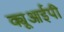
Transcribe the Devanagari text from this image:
क्यूआईपी